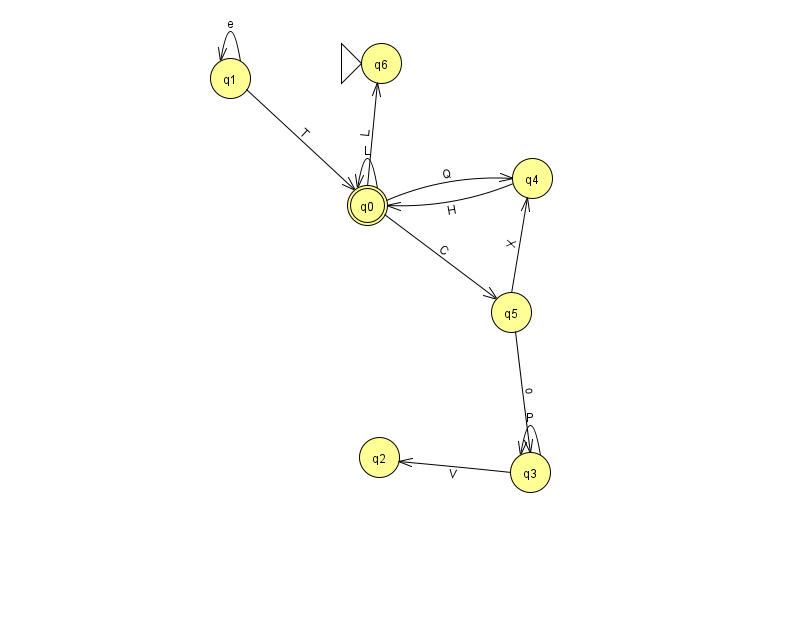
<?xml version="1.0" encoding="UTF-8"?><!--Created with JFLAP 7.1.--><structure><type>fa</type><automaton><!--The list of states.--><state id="0" name="q0"><x>367.0</x><y>192.0</y><final/></state><state id="1" name="q1"><x>230.0</x><y>65.0</y></state><state id="2" name="q2"><x>379.0</x><y>444.0</y></state><state id="3" name="q3"><x>530.0</x><y>459.0</y></state><state id="4" name="q4"><x>532.0</x><y>165.0</y></state><state id="5" name="q5"><x>511.0</x><y>299.0</y></state><state id="6" name="q6"><x>381.0</x><y>50.0</y><initial/></state><!--The list of transitions.--><transition><from>3</from><to>3</to><read>P</read></transition><transition><from>4</from><to>0</to><read>H</read></transition><transition><from>1</from><to>1</to><read>e</read></transition><transition><from>5</from><to>3</to><read>o</read></transition><transition><from>0</from><to>5</to><read>C</read></transition><transition><from>1</from><to>0</to><read>T</read></transition><transition><from>0</from><to>6</to><read>L</read></transition><transition><from>3</from><to>2</to><read>V</read></transition><transition><from>0</from><to>0</to><read>L</read></transition><transition><from>0</from><to>4</to><read>Q</read></transition><transition><from>5</from><to>4</to><read>X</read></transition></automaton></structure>